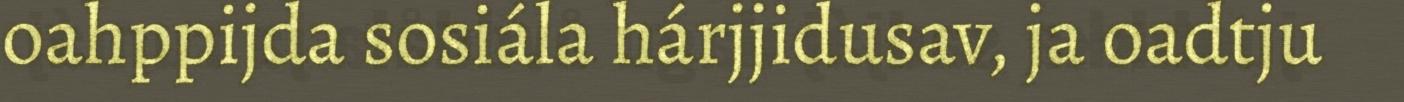
oahppijda sosiála hárjjidusav, ja oadtju